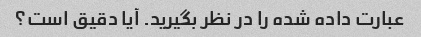
عبارت داده شده را در نظر بگیرید. آیا دقیق است؟